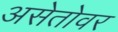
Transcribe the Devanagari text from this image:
असेतोवर